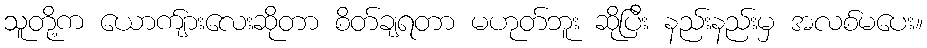
သူတို့က ယောက်ျားလေးဆိုတာ စိတ်ချရတာ မဟုတ်ဘူး ဆိုပြီး နည်းနည်းမှ အလစ်မပေး။